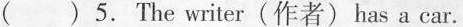
( ) 5. The writer (作者)has a car.